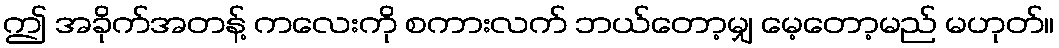
ဤ အခိုက်အတန့် ကလေးကို စကားလက် ဘယ်တော့မျှ မေ့တော့မည် မဟုတ်။